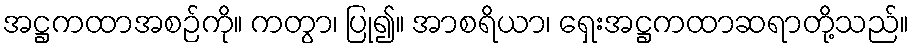
အဋ္ဌကထာအစဉ်ကို။ ကတွာ၊ ပြု၍။ အာစရိယာ၊ ရှေးအဋ္ဌကထာဆရာတို့သည်။